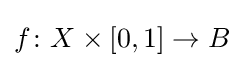
f\colon X\times [0,1]\to B